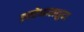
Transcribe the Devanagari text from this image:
इस्तेमालशुदा